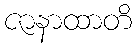
ဇာနာထာတိ